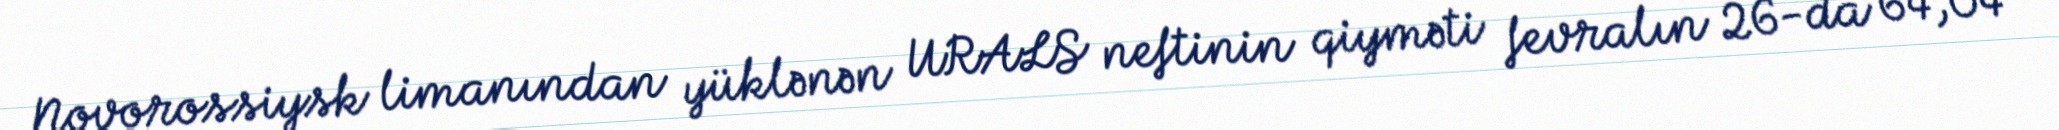
Novorossiysk limanından yüklənən URALS neftinin qiyməti fevralın 26-da 64,04